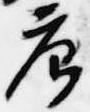
唐